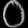
Digit: ၀